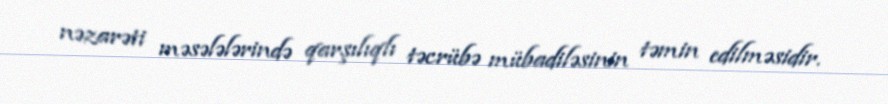
nəzarəti məsələlərində qarşılıqlı təcrübə mübadiləsinin təmin edilməsidir.